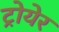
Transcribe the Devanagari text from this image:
ट्रोयेर